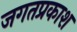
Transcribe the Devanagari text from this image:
जगतप्रकाश